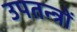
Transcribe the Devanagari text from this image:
उपतन्त्रों